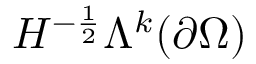
H ^ { - \frac { 1 } { 2 } } \Lambda ^ { k } ( \partial \Omega )